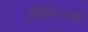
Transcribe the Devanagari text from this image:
ओधिराज्जो